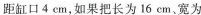
距缸口4cm，如果把长为16cm、宽为